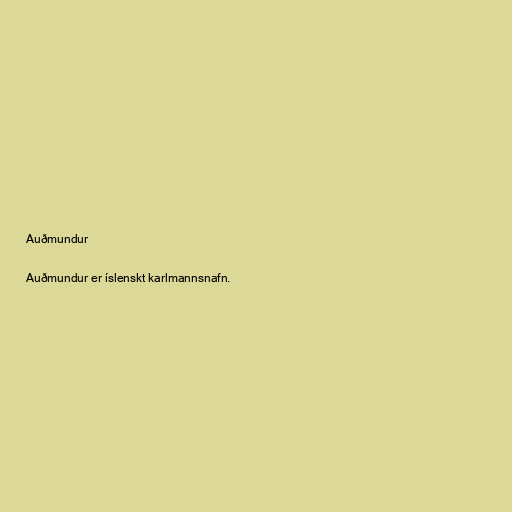
Auðmundur

Auðmundur er íslenskt karlmannsnafn.